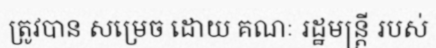
ត្រូវបាន សម្រេច ដោយ គណៈ រដ្ឋមន្ត្រី របស់